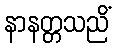
နာနတ္တသညိံ